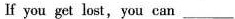
If you get lost, you can ___